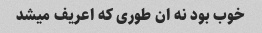
خوب بود نه ان طوری که اعریف میشد